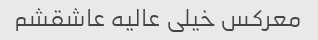
معرکس خیلی عالیه عاشقشم